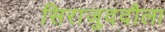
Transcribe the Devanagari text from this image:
सिराजुददौला